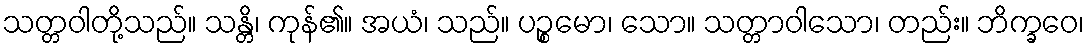
သတ္တဝါတို့သည်။ သန္တိ၊ ကုန်၏။ အယံ၊ သည်။ ပဉ္စမော၊ သော။ သတ္တာဝါသော၊ တည်း။ ဘိက္ခဝေ၊